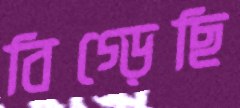
বিগ্‌ড়েছি